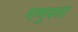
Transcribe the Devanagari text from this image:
गणुवत्ता